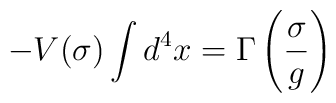
-V(\sigma)\int d^{4}x=\Gamma\left(\frac{\sigma}{g}\right)